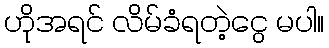
ဟိုအရင် လိမ်ခံရတဲ့ငွေ မပါ။